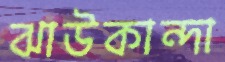
ঝাউকান্দা